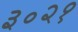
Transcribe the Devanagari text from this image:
३०२१